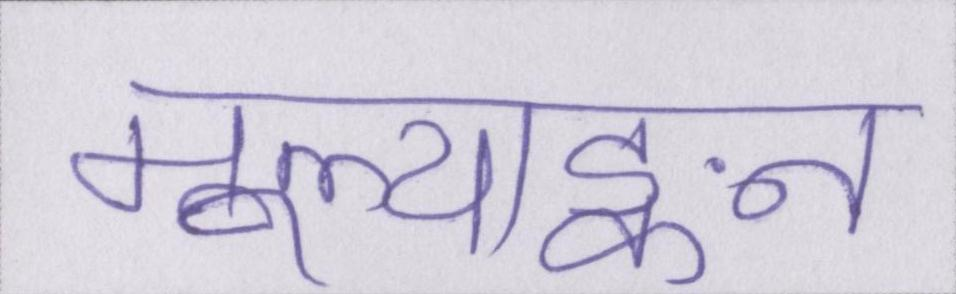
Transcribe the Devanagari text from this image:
मूल्याङ्कन